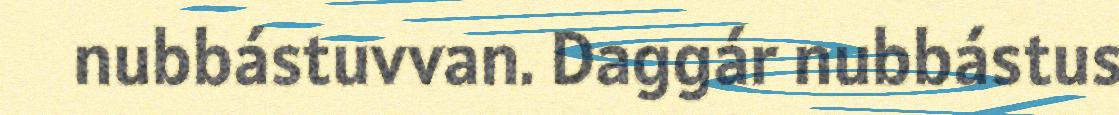
nubbástuvvan. Daggár nubbástus